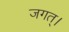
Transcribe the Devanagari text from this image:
जगत्।